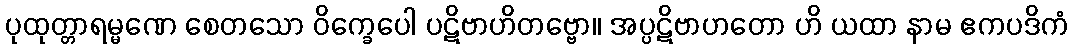
ပုထုတ္တာရမ္မဏေ စေတသော ဝိက္ခေပေါ ပဋိဗာဟိတဗ္ဗော။ အပ္ပဋိဗာဟတော ဟိ ယထာ နာမ ဧကပဒိကံ